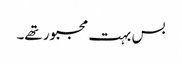
بس بہت مجبور تھے۔